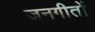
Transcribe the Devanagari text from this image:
जनगीतों